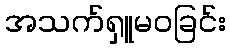
အသက်ရှူမဝခြင်း